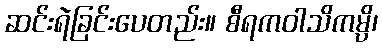
ဆင်းရဲခြင်းပေတည်း။ စီရကဝါသိကမ္ပိ၊